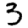
Digit: 3